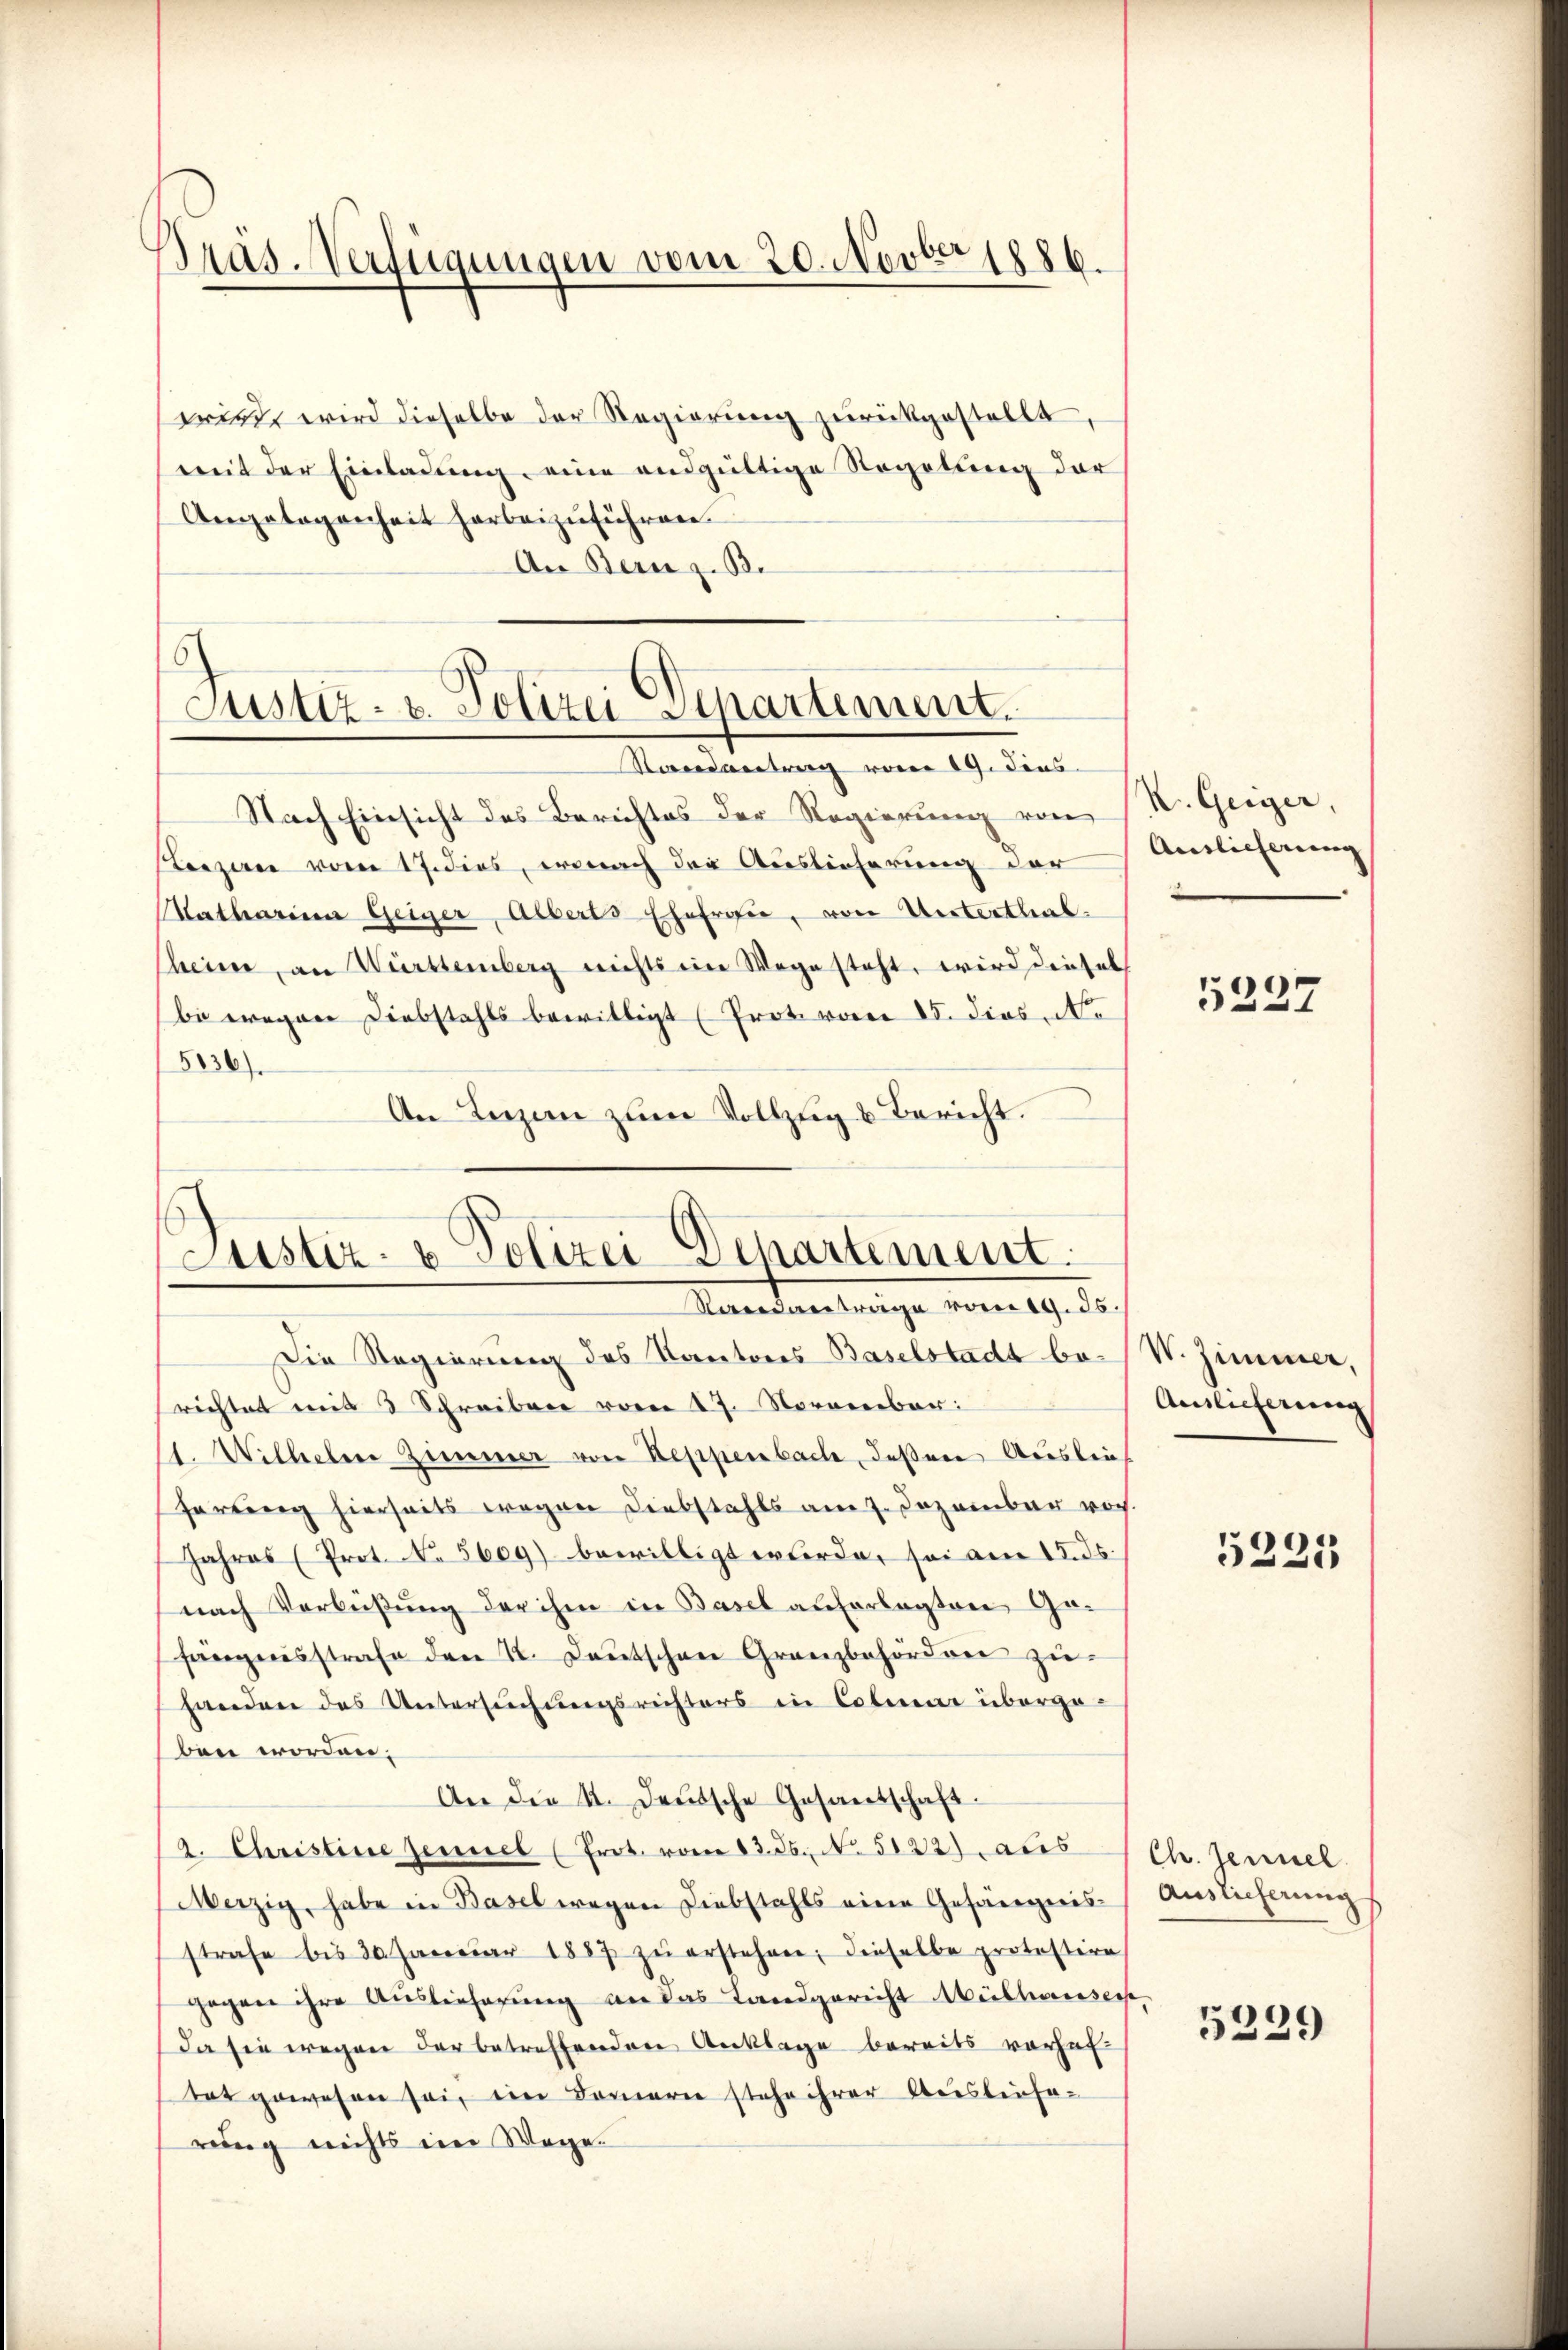
Präs. Verfügungen vom 20. Novber 1886.

wird, wird dieselbe der Regierung zurückgestellt,
(mit der Einladung eine andgültige Regelung der
Angelegenheit herbeizuführen.
An Bern z. B.

6
Justiz- u. Polizei-Apartement.
ordvertrag von 19. Fens

Justiz- & Polizei-Departement.
Rerendantrage vom 19. 35.

Nach Einsicht des Berichtes der Regierung von
Leezau vom 17. dies, wonach der Auslieferung der
Katharina Geiger, Alberts Ehefrau, von Unterthal.
Cheim, an Württemberg nichts ein Wege steht, wird diesels
bi wegen Diebstahls bewilligt (Prote von 15. dieses
5136)
An Lenzen zum Vollzug & Bericht.

Die Regierung des Kantons Baselstadt be-W. Zimmer,
richtet mit 3 Schreiben vom 17. November:
1. Wilheler Zimmer von Reppenbach deßene Auslie
fortung hierseits wegen Diebstahls am 7. Dezember woch.
Jahres (Prot. No. 5609) bewilligt werde, sei am 12. ds.
nach Verbüßung der ihm in Basel auferlegten Gefängnisstrafe den 22. Deutschen Granzbehörden zuhanden das Untersuchungsrechters in Colmar überge-
ben worden;
An die 4. Deutsche Gesantschaft.
2. Christine Zeumel (Prot. vom 13. ds. No. 5122) aus Ch. Jennel
Merzig, habe in Basel wegen Liebstahls eine Gefängnis- Auslieferung
strafe bis 30. Januar 1887 zŭ erstehen; dieselbe protestire
gegen ihre Auslieferung an das Landgericht Mülhausers¬
Da sie wegen der betreffenden Anklage bereits vorhaf
tat gewesen sei, ein Bernern stehe ihrer Auslieferung nichts im Wege.

K. Geiger,
Auslicherung

5227

Amlicherung

5221

5239